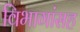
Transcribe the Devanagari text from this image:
विभागांसह